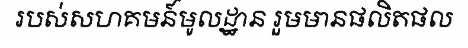
របស់សហគមន៍មូលដ្ឋាន រួមមានផលិតផល